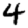
Digit: 4